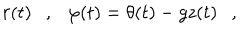
r ( t ) \ \ \ , \ \ \ \varphi ( t ) = \theta ( t ) - g z ( t ) \ \ \ ,